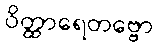
ဝိတ္ထာရေတဗ္ဗော